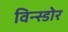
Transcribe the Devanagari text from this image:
विन्स्डोर